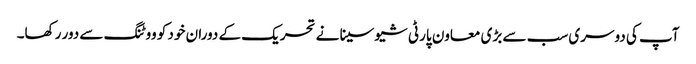
آپ کی دوسری سب سے بڑی معاون پارٹی شیوسینا نے تحریک کے دوران خود کو ووٹنگ سے دور رکھا۔